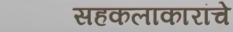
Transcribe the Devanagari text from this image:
सहकलाकारांचे